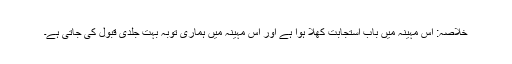
خلاصہ: اس مہینہ میں باب استجابت کھلا ہوا ہے اور اس مہینہ میں ہماری توبہ بہت جلدی قبول کی جاتی ہے۔